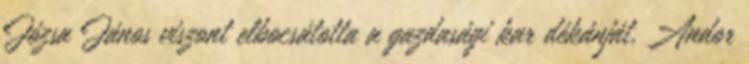
Józsa János viszont elbocsátotta a gazdasági kar dékánját, Andor